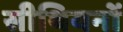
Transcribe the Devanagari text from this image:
सीथियनों